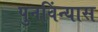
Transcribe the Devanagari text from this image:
पुनविंन्यास